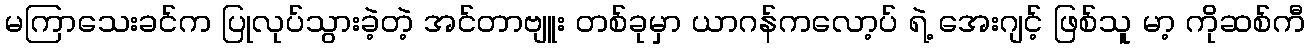
မကြာသေးခင်က ပြုလုပ်သွားခဲ့တဲ့ အင်တာဗျူး တစ်ခုမှာ ယာဂန်ကလော့ပ် ရဲ့ အေးဂျင့် ဖြစ်သူ မာ့ ကိုဆစ်ကီ